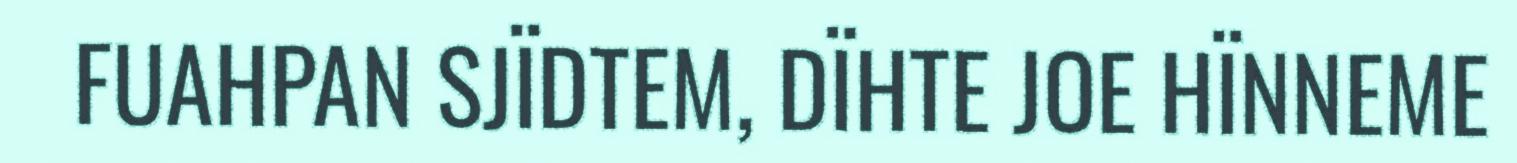
FUAHPAN SJÏDTEM, DÏHTE JOE HÏNNEME